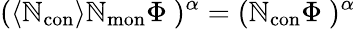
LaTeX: {(\left<\mathbb{N}_{\mathrm{{con}}}\right>\mathbb{N}_{\mathrm{{mon}}}\Phi\ )^{\alpha}=(\mathbb{N}_{\mathrm{{con}}}\Phi\ )^{\alpha}}